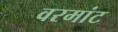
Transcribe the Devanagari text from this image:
वरमांट